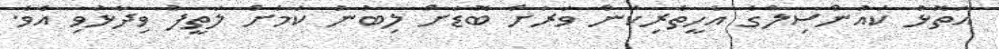
އަތޮޅު ކައުންސިލްގެ އެހީތެރިކަން ވަރަށް ބޮޑަށް ލިބުނު ކަމަށް ލަތީފު ވިދާޅުވި އެވެ.